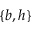
\{ b , h \}